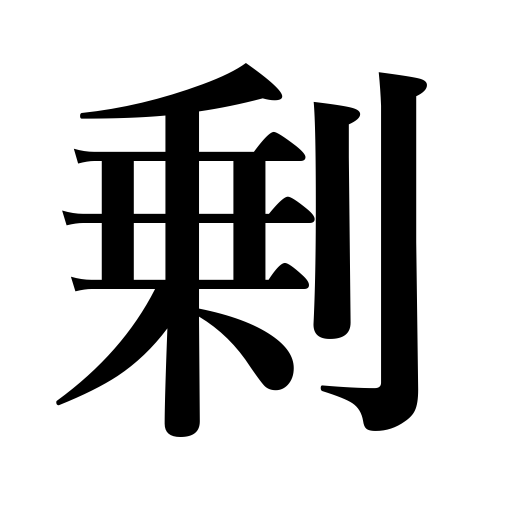
Meanings: besides